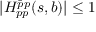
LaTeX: | H _ { p p } ^ { \bar { p } p } ( s , b ) | \leq 1